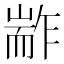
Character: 𰭭